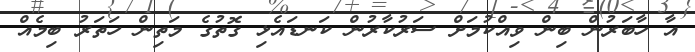
އާ ހާބަރުން ބިން ވިއްކުމަށް ސަރުކާރުން ކަނޑައެޅި ގޮތުގެ މަތިން ހަތަރު ބިމެއް